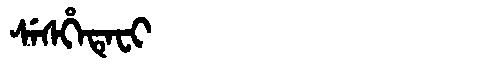
Manchu: ᠰᡝᠰᡥᡝᡨᡝᠸᡳ
Romanization: SESHETEFI